Annual administration report of the Civil Veterinary Department of India - 1897-1898
Year: 1897
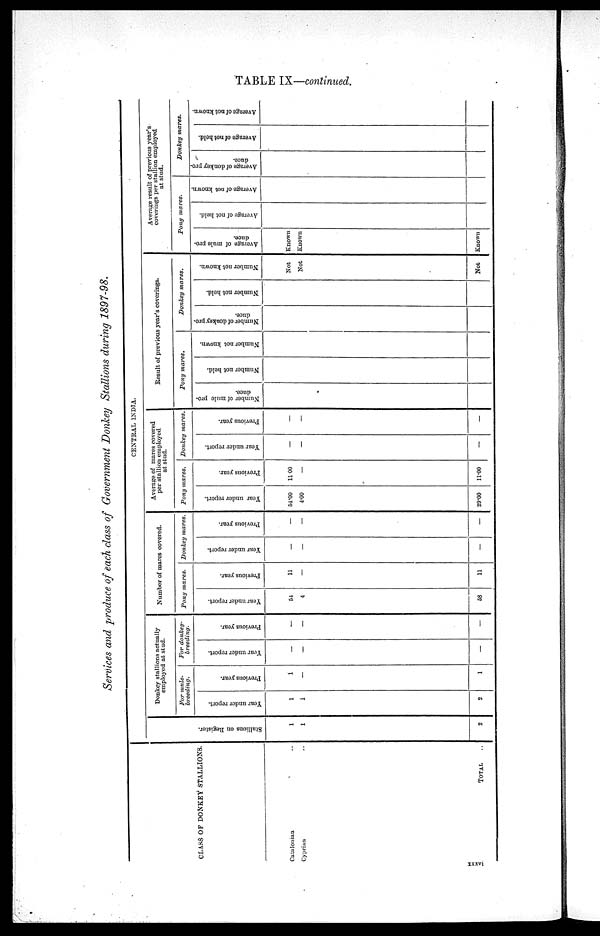
TABLE IX—continued.
Services and produce of each class of Government Donkey Stallions during 1897—98.
CLASS OF DONKEY STALLIONS.
Catalonian ..
Cyprian ..
TOTAL ..
CENTRAL INDIA.
St al l
i
ons on Regi s t
er .
1
1
2
Donkey stallions actually
employed at stud.
For mule—
breeding.
Year under report.
1
1
2
Previous year.
1
—
1
For donkey—
breeding.
Year under report.
—
—
—
Previous year.
—
—
—
Number of mares covered.
Pony mares.
Year under report.
54
4
58
Previous year.
11
—
11
Donkey mares.
Year under report.
—
—
—
Previous year.
—
—
—
Average of mares covered
per stallion employed
at stud.
Pony mares.
Year under report.
54.00
4.00
29.00
Previous year.
11.00
—
11.00
Donkey mares.
Year under report.
—
—
—
Previous year.
—
—
—
Result of previous year's coverings.
Pony mares.
Number of mule pro-
duce.
Number not held.
Number not known.
Donkey mares.
Number of donkey pro—
duce.
Number not held.
Number not known.
Not
Not
Not
Average result of previous year's
coverings per stallion employed
at stud.
Pony mares.
Average of mule pro-
duce.
Known
Known
Known
Average of not held.
Average of not known.
Donkey mares.
Average of donkey pro-
duce.
Average of not held.
Average of not known.
xxxvi